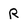
Character: R